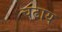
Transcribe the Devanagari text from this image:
चढाय